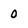
Character: 0